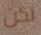
لكن